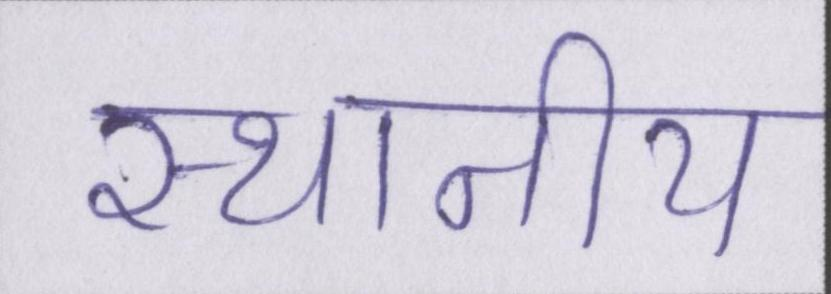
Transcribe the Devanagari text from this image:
स्थानीय